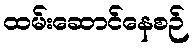
ထမ်းဆောင်နေစဉ်